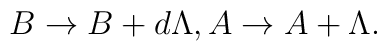
B\rightarrow B+d\Lambda ,A\rightarrow A+\Lambda .